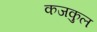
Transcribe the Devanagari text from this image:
कजकुल